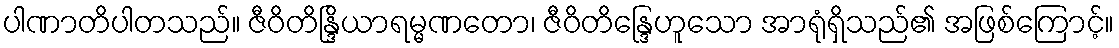
ပါဏာတိပါတသည်။ ဇီဝိတိန္ဒြိယာရမ္မဏတော၊ ဇီဝိတိန္ဒြေဟူသော အာရုံရှိသည်၏ အဖြစ်ကြောင့်။